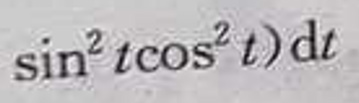
\(\sin^{2}t\cos^{2}t)\mathrm{d}t\)